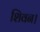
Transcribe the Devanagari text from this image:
शिवन।